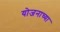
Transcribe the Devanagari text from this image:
योजनाच्या